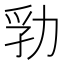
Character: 㔜